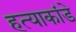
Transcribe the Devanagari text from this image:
हत्याकांडे